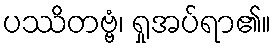
ပဿိတဗ္ဗံ၊ ရှုအပ်ရာ၏။